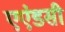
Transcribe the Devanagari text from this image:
एएंडसी